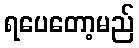
ရပေတော့မည်